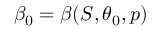
\beta _ { 0 } = \beta ( S , \theta _ { 0 } , p )